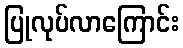
ပြုလုပ်လာကြောင်း